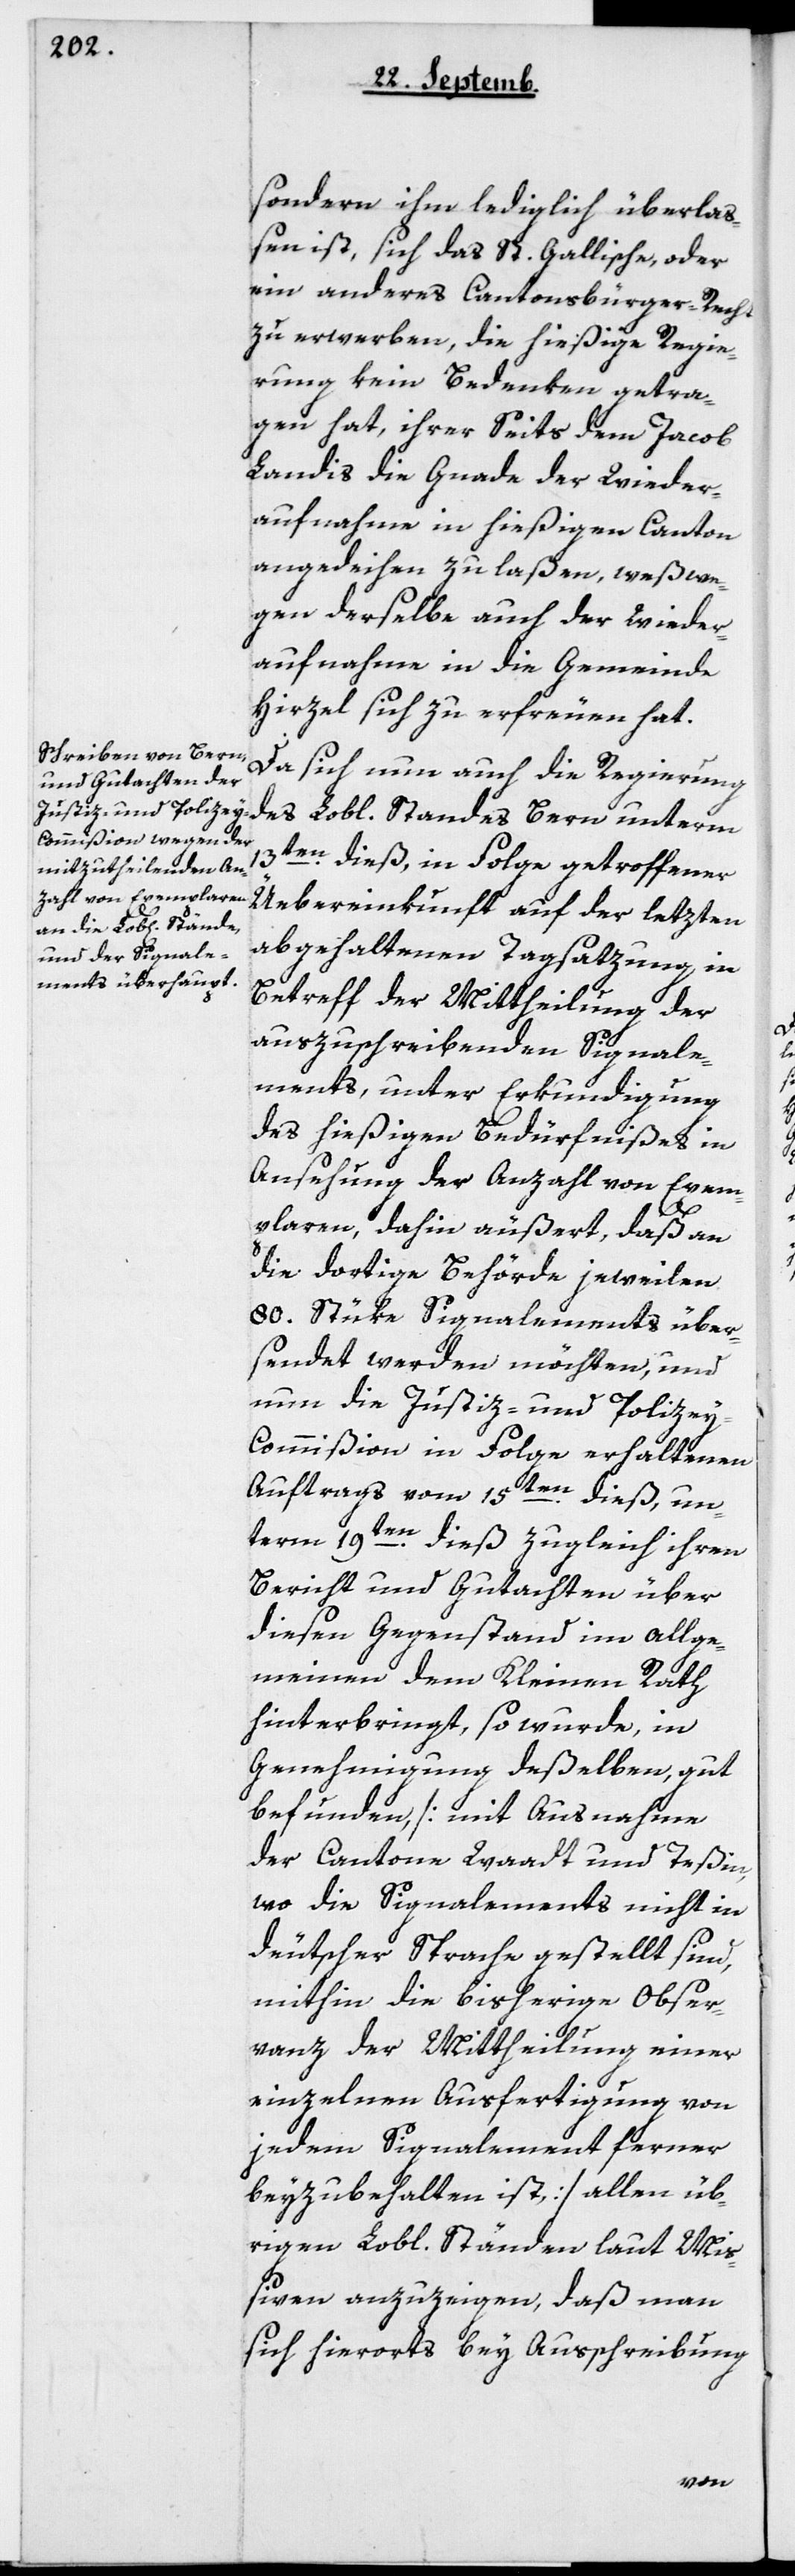
sondern ihm lediglich überla¬
ßen ist, sich das St. Gallische, oder
ein anderes Cantonsbürgerrecht
zu erwerben, die hießige Regie¬
rung kein Bedenken getra¬
gen hat, ihrerseits dem Jacob
Landis die Gnade der Wieder¬
aufnahme in hießigen Canton
angedeihen zu laßen, weßwe¬
gen derselbe auch der Wieder¬
aufnahme in die Gemeinde
Hirzel sich zu erfreuen hat.
Da sich nun auch die Regierung
des Lobl. Standes Bern unterm
13ten dieß, in Folge getroffener
Übereinkunft auf der letzten
abgehaltenen Tagsatzung, in
Betreff der Mittheilung der
auszuschreibenden Signale¬
ments, unter Erkundigung
des hießigen Bedürfnißes in
Ansehung der Anzahl von Exem¬
plaren, dahin äußert, daß an
die dortige Behörde jeweilen
80 Stüke Signalements über¬
sendet werden möchten, und
nun die Justiz- und Police¬
y-Commißion in Folge erhaltenen
Auftrags vom 15ten dieß, un¬
term 19ten dieß zugleich ihren
Bericht und Gutachten über
diesen Gegenstand im Allge¬
meinen dem Kleinen Rath
hinterbringt, so wurde, in
Genehmigung deßelben, gut
befunden [mit Ausnahme
der Cantone Waadt und Teßin,
wo die Signalements nicht in
deutscher Sprache gestellt sind,
mithin die bisherige Obser¬
vanz der Mittheilung einer
einzelnen Ausfertigung von
jedem Signalement ferner
beyzubehalten ist] allen üb¬
rigen Lobl. Ständen laut Miß¬
iven anzuzeigen, daß man
sich hierorts bey Ausschreibung